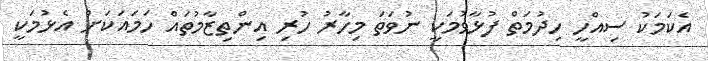
އެކަމަކު ސިއްހީ ހިދުމަތް ފުޅާވުމަކީ ނުވަތަ މިހާރު ހުރި އިންތިޒާމުތައް ހަމައަކަށް އެޅުމަކީ